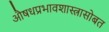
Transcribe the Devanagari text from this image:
औषधप्रभावशास्त्रासोबत